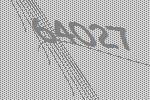
64027